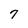
Character: 7